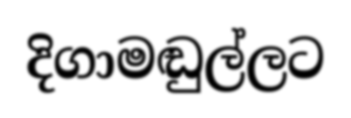
දිගාමඬුල්ලට